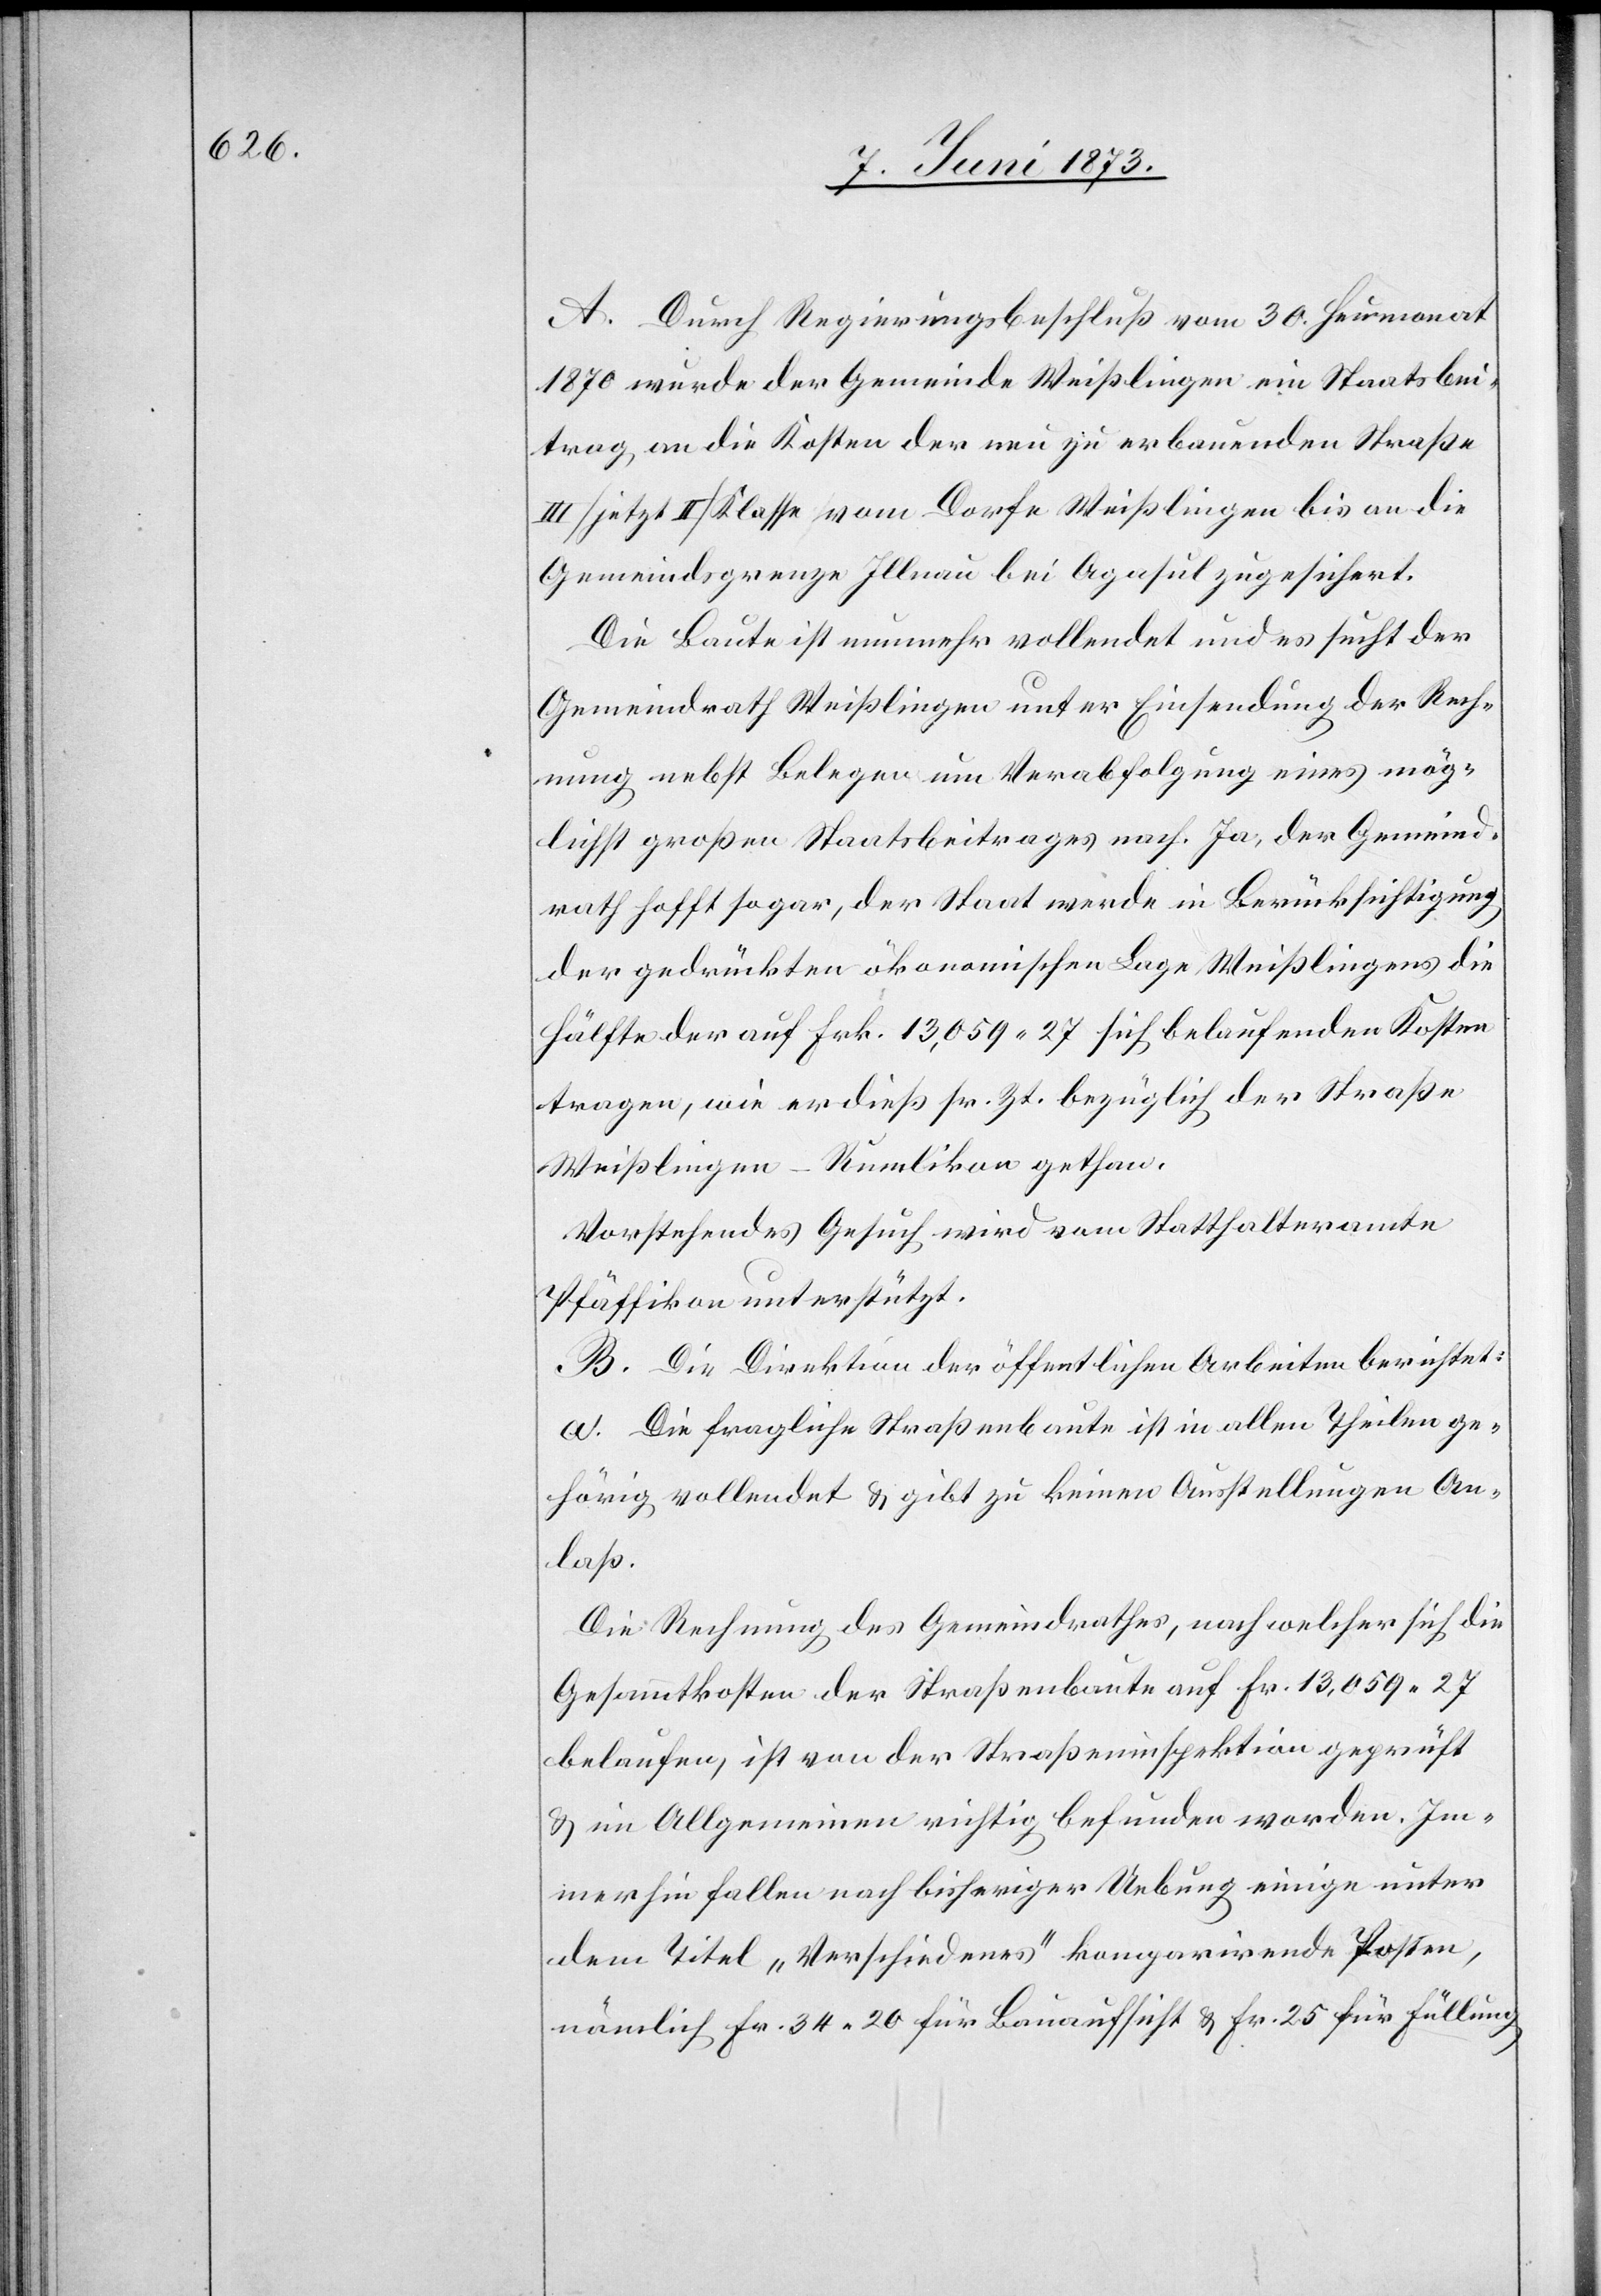
A. Durch Regierungsbeschluß vom 30. Heumonat
1870 wurde der Gemeinde Weißlingen ein Staatsbei¬
trag an die Kosten der neu zu erbauenden Straße
III [jetzt II] Klasse vom Dorfe Weißlingen bis an die
Gemeindsgrenze Illnau bei Agasul zugesichert.
Die Baute ist nunmehr vollendet und es sucht der
Gemeindrath Weißlingen unter Einsendung der Rech¬
nung nebst Belegen um Verabfolgung eines mög¬
lichst großen Staatsbeitrages nach. Ja, der Gemeind¬
rath hofft sogar, der Staat werde in Berücksichtigung
der gedrückten ökonomischen Lage Weißlingens die
Hälfte der auf Frk. 13,059 27 sich belaufenden Kosten
tragen, wie er dieß sr. Zt. bezüglich der Straße
Weißlingen–Rumlikon gethan.
Vorstehendes Gesuch wird vom Statthalteramte
Pfäffikon unterstützt.
B. Die Direktion der öffentlichen Arbeiten berichtet:
a. Die fragliche Straßenbaute ist in allen Theilen ge¬
hörig vollendet & gibt zu keinen Ausstellungen An¬
laß.
Die Rechnung des Gemeindrathes, nach welcher sich die
Gesammtkosten der Straßenbaute auf Fr. 13,059 27
belaufen, ist von der Straßeninspektion geprüft
& im Allgemeinen richtig befunden worden. Im¬
merhin fallen nach bisheriger Uebung einige unter
dem Titel „Verschiedenes“ komparirende Posten,
nämlich Fr. 34 20 für Bauaufsicht & Fr. 25 für Füllung